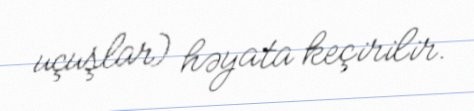
uçuşlar) həyata keçirilir.